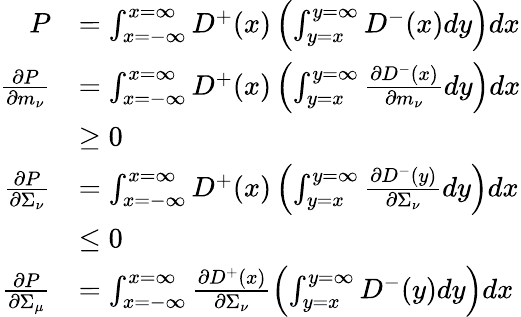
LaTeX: \begin{array}{rl}{P}&{=\int_{x=-\infty}^{x=\infty}D^{+}(x)\left(\int_{y=x}^{y=\infty}D^{-}(x)dy\right)dx}\\ {\frac{\partial P}{\partial m_{\nu}}}&{=\int_{x=-\infty}^{x=\infty}D^{+}(x)\left(\int_{y=x}^{y=\infty}\frac{\partial D^{-}(x)}{\partial m_{\nu}}dy\right)dx}\\ &{\geq 0}\\ {\frac{\partial P}{\partial\Sigma_{\nu}}}&{=\int_{x=-\infty}^{x=\infty}D^{+}(x)\left(\int_{y=x}^{y=\infty}\frac{\partial D^{-}(y)}{\partial\Sigma_{\nu}}dy\right)dx}\\ &{\leq 0}\\ {\frac{\partial P}{\partial\Sigma_{\mu}}}&{=\int_{x=-\infty}^{x=\infty}\frac{\partial D^{+}(x)}{\partial\Sigma_{\nu}}\left(\int_{y=x}^{y=\infty}D^{-}(y)dy\right)dx}\end{array}